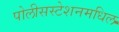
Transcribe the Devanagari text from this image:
पोलीसस्टेशनमधिल